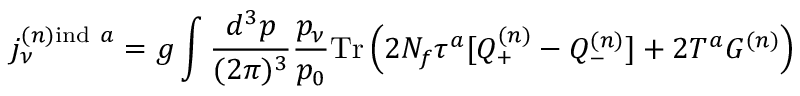
j _ { \nu } ^ { ( n ) \mathrm { i n d } \ a } = g \int { \frac { d ^ { 3 } p } { ( 2 \pi ) ^ { 3 } } } { \frac { p _ { \nu } } { p _ { 0 } } } \mathrm { T r } \left( 2 N _ { f } \tau ^ { a } [ Q _ { + } ^ { ( n ) } - Q _ { - } ^ { ( n ) } ] + 2 T ^ { a } G ^ { ( n ) } \right)